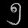
Digit: ၅